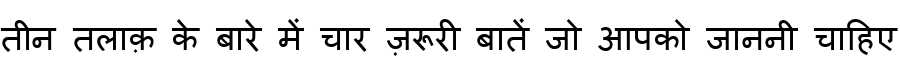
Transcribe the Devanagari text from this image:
तीन तलाक़ के बारे में चार ज़रूरी बातें जो आपको जाननी चाहिए